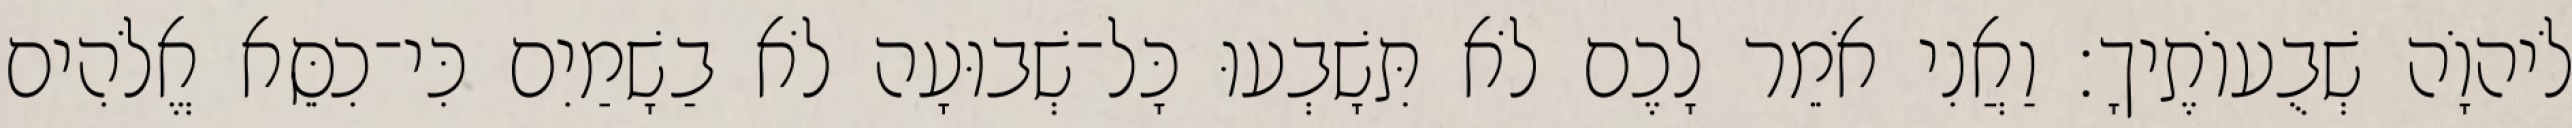
לֹיהוָֹה שְׁבֻעוֹתֶיךָ׃ וַאֲנִי אֹמֵר לָכֶם לֹא תִּשָׁבְעוּ כָּל־שְׁבוּעָה לֹא בַשָׁמַיִם כִּי־כִסֵּא אֱלֹהִים